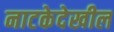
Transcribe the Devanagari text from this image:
नाटकेदेखील